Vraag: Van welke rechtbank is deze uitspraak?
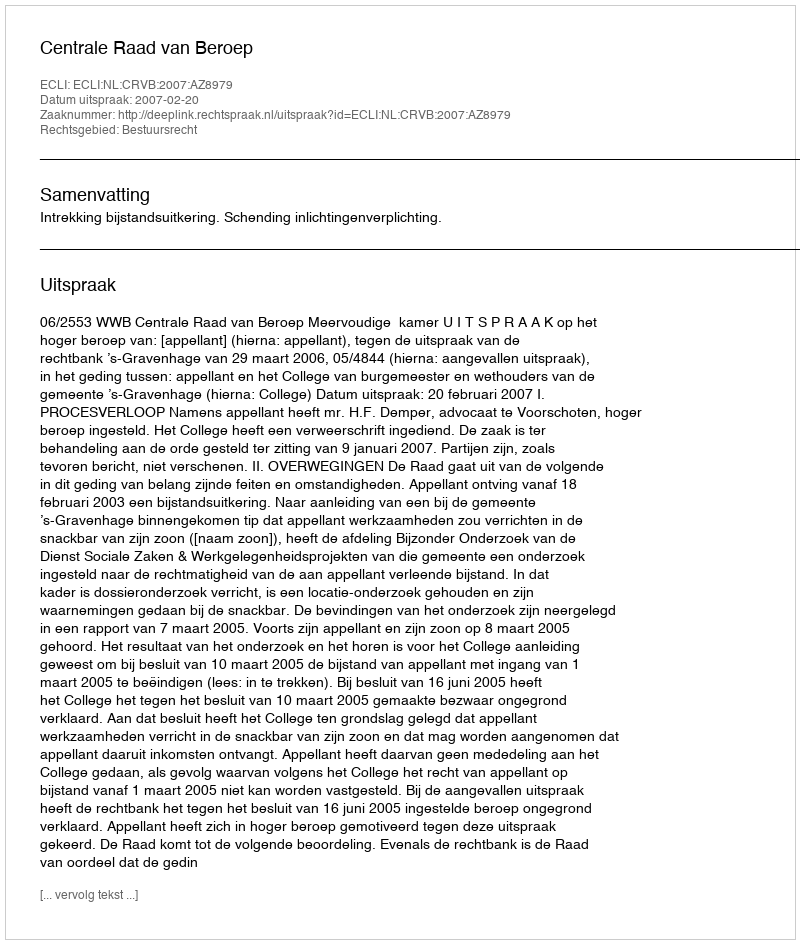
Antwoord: Centrale Raad van Beroep